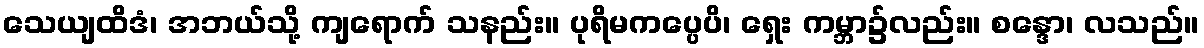
သေယျထိဒံ၊ အဘယ်သို့ ကျရောက် သနည်း။ ပုရိမကပ္ပေပိ၊ ရှေး ကမ္ဘာ၌လည်း။ စန္ဒော၊ လသည်။